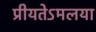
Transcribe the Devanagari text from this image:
प्रीयतेऽमलया